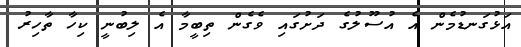
އަޅުގަނޑުމެން އެ އުސޫލުގެ ދަށުގައި ވެގެން ތިބީމާ އެ ލިބުނީ ކިހާ ތާހިރު